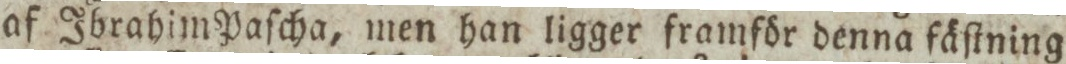
af Ibrahim Paſcha, men han ligger framför denna fäſtning